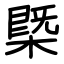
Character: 槩